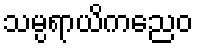
သမ္ပရာယိကညေဝ